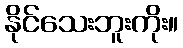
နိုင်သေးဘူးကိုး။